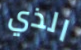
الذي